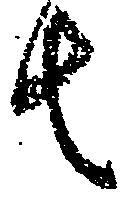
去